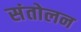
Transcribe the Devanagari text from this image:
संतोलन